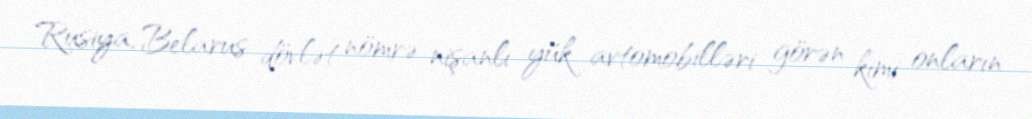
Rusiya, Belarus dövlət nömrə nişanlı yük avtomobilləri görən kimi onların